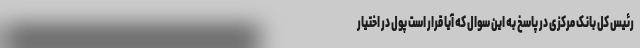
رئیس کل بانک مرکزی در پاسخ به این سوال که آیا قرار است پول در اختیار